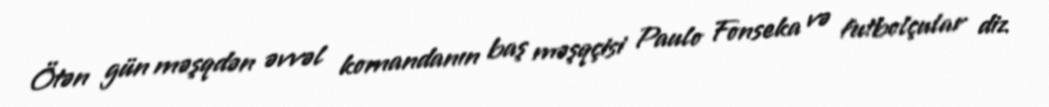
Ötən gün məşqdən əvvəl komandanın baş məşqçisi Paulo Fonseka və futbolçular diz